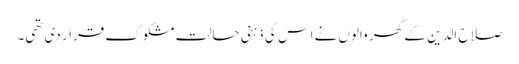
صلاح الدین کے گھر والوں نے اس کی ذہنی حالت مشکوک قرار دی تھی۔